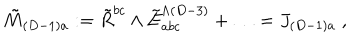
LaTeX: \tilde { M } _ { ( D - 1 ) a } : = \tilde { R } ^ { b c } \wedge \tilde { E } _ { a b c } ^ { \wedge ( D - 3 ) } + \ldots = J _ { ( D - 1 ) a } \; ,